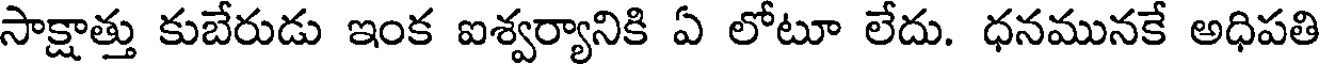
సాక్షాత్తు కుబేరుడు ఇంక ఐశ్వర్యానికి ఏ లోటూ లేదు. ధనమునకే అధిపతి